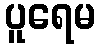
ပူရေမ